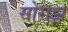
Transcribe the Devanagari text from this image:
सोराझ़